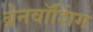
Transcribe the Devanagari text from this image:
ब्रेनवॉशिंग